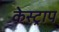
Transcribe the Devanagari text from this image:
केस्ट्राप